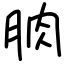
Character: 朒